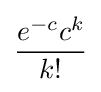
{\frac {e^{-c}c^{k}}{k!}}